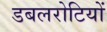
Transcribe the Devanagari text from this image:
डबलरोटियों